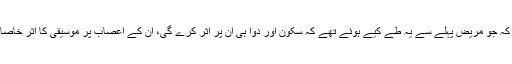
مثلاً یہ کہ جو مریض پہلے سے یہ طے کیے ہوئے تھے کہ سکون آور دوا ہی ان پر اثر کرے گی، ان کے اعصاب پر موسیقی کا اثر خاصا کم ہوا۔